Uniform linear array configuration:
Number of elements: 48
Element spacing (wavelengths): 1
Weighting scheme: uniform
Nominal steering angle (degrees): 30
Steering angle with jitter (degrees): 29.036
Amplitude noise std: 0.05
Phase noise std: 0.05

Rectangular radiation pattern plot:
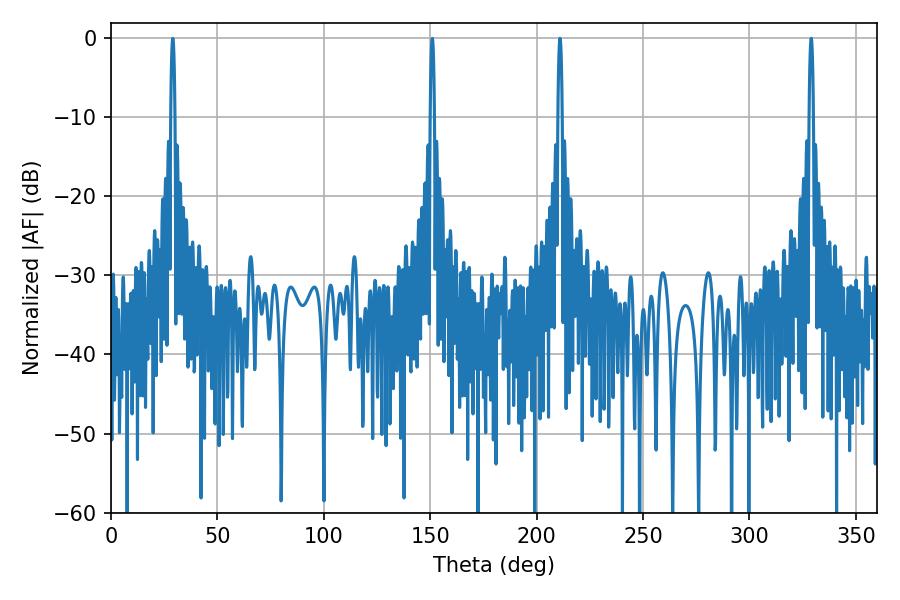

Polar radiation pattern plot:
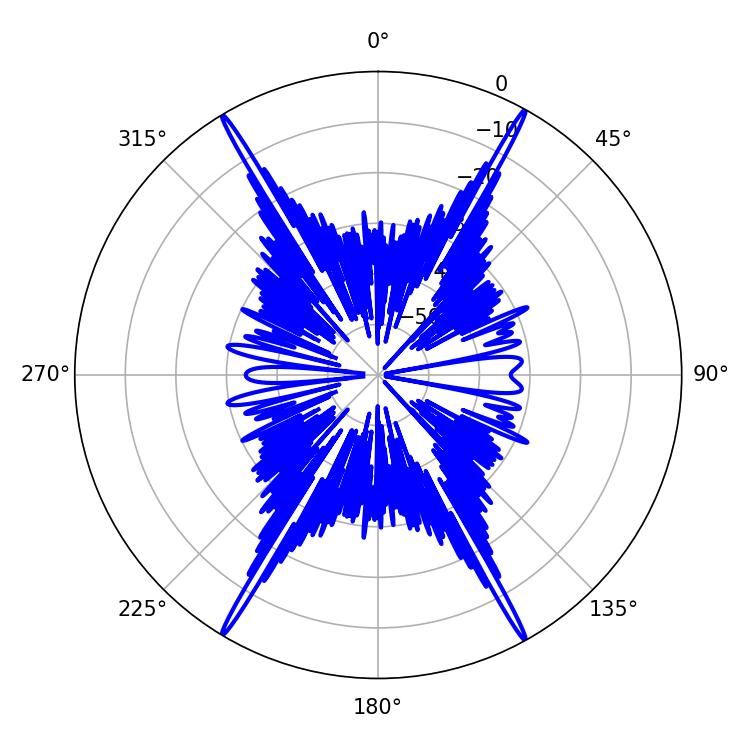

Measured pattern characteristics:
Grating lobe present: TRUE
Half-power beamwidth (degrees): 1.08
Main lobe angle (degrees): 210.96